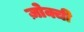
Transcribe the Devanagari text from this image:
ज़ोक्ची